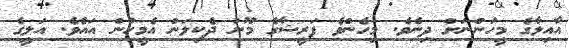
އާއިލާގެ މީހުންނަށް ދިނެވެ. މިހެންވެ ފަރީޝާގެ މޫނު ދެކިލަން އެމީހުން އައެވެ. އަލީގެ